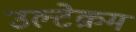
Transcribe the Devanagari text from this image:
उल्टेक्रम